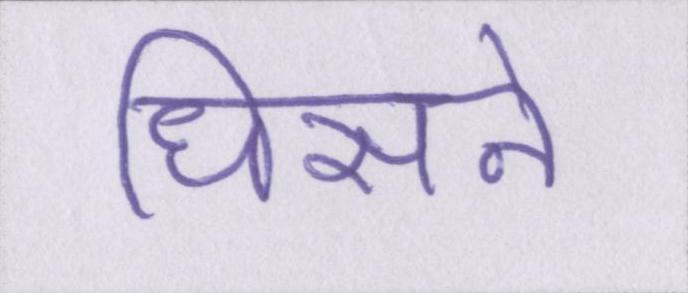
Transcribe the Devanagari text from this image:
धिसने